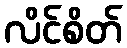
လိင်စိတ်